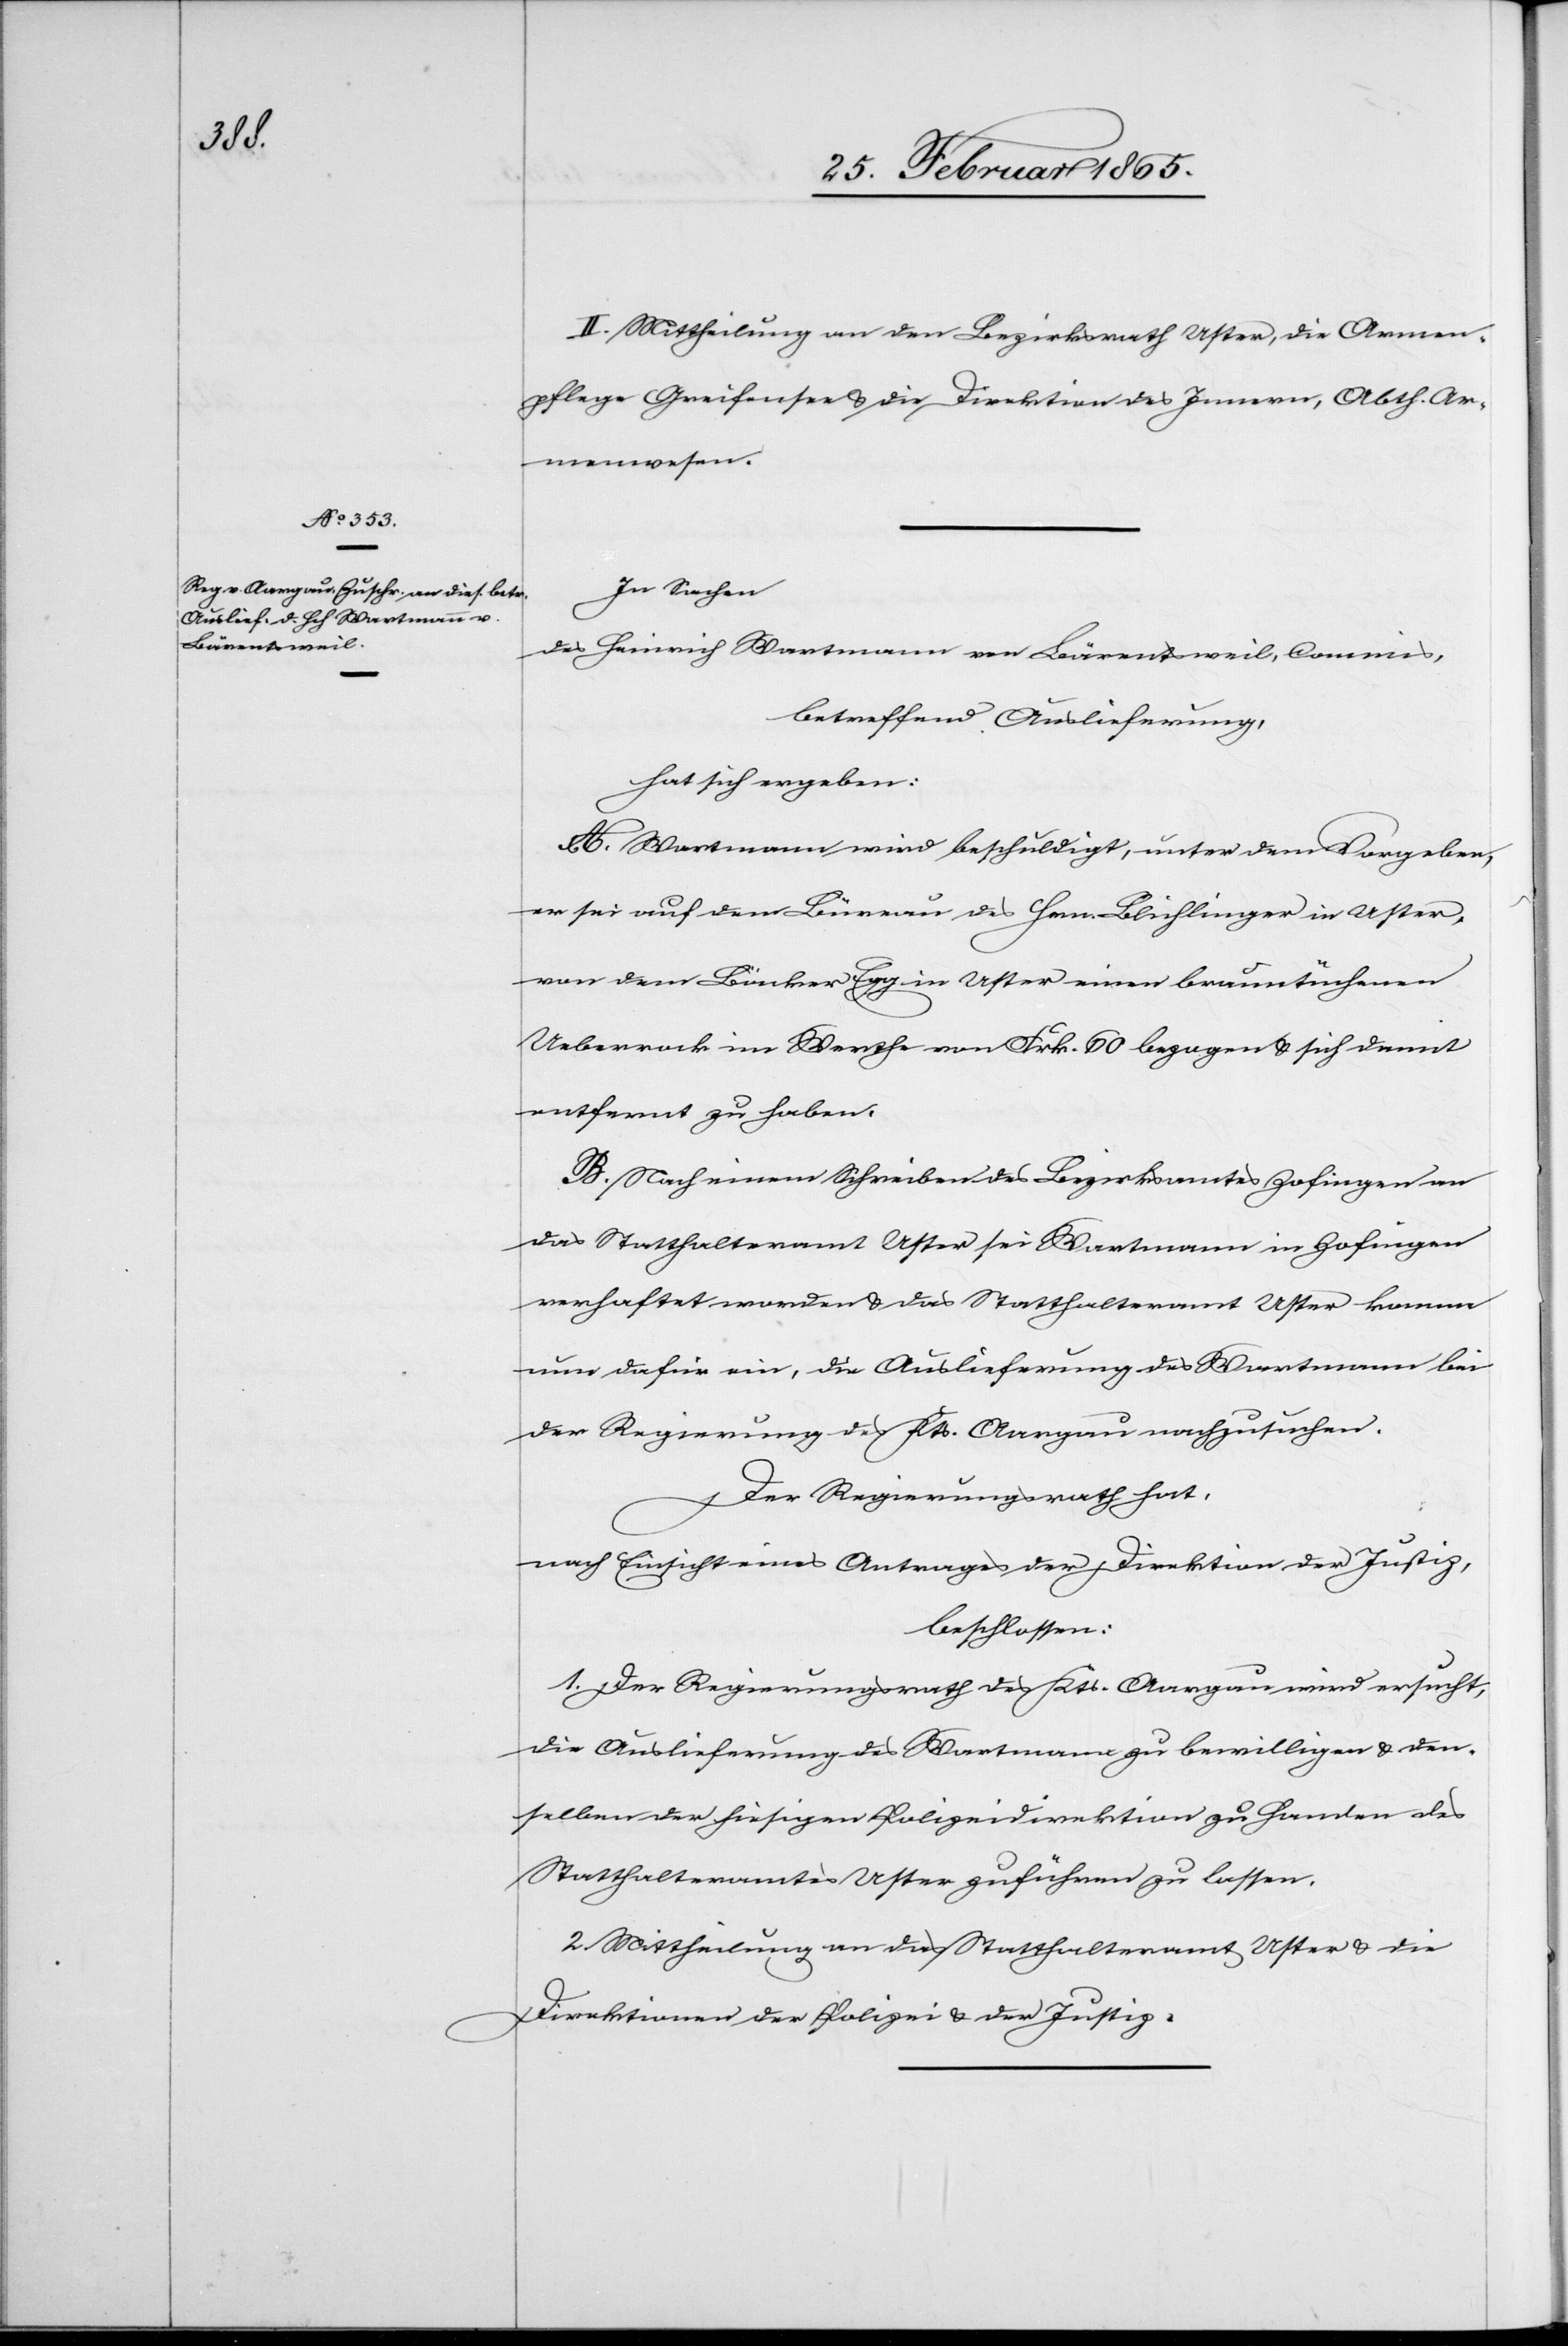
II. Mittheilung an den Bezirksrath Uster, die Armen¬
pflege Greifensee u. die Direktion des Innern, Abth. Ar¬
menwesen.
In Sachen
des Heinrich Wartmann von Bärnetsweil, Commis,
betreffend Auslieferung,
hat sich ergeben:
A. Wartmann wird beschuldigt, unter dem Vorgeben,
er sei auf dem Büreau des Hrn. Blichlinger in Uster,
von dem Bäcker Egg in Uster einen brauntüchenen
Ueberrock im Werthe von Frk. 60 bezogen u. sich damit
entfernt zu haben.
B. Nach einem Schreiben des Bezirksamtes Zofingen an
das Statthalteramt Uster sei Wartmann in Zofingen
verhaftet worden u. das Statthalteramt Uster komme
nun dafür ein, die Auslieferung des Wartmann bei
der Regierung des Kts. Aargau nachzusuchen.
Der Regierungsrath hat,
nach Einsicht eines Antrages der Direktion der Justiz,
beschlossen:
1. Der Regierungsrath des Kts. Aargau wird ersucht,
die Auslieferung des Wartmann zu bewilligen u. den¬
selben der heisigen Polizeidirektion zu Handen des
Statthalteramtes Uster zuführen zu lassen.
2. Mittheilung an das Statthalteramt Uster u. die
Direktion der Polizei u. der Justiz.